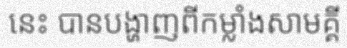
នេះ បានបង្ហាញពីកម្លាំងសាមគ្គី